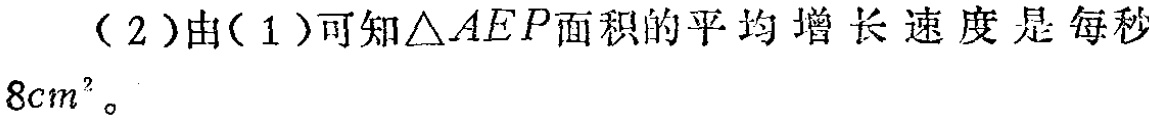
（2）由（1）可知\(\triangle AEP\)面积的平均增长速度是每秒\(8cm^{2}\)。